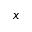
x